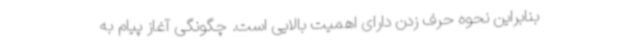
بنابراین نحوه حرف زدن دارای اهمیت بالایی است. چگونگی آغاز پیام به